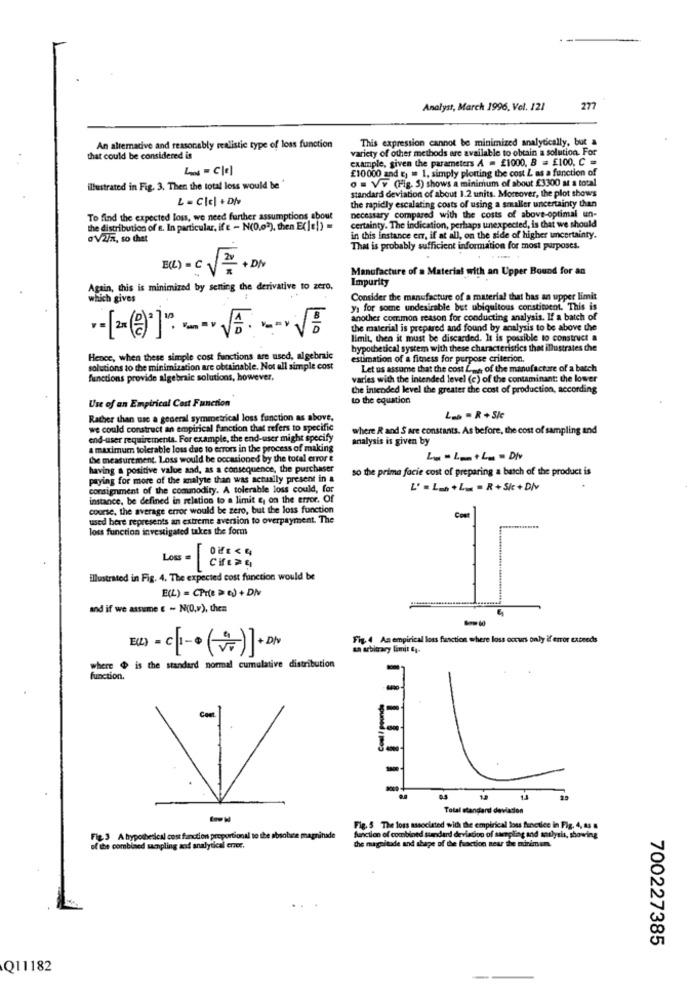
Analyst, March 1996, Vel. 121
277
This expression cannot be minimized analytically, but a
An alternative and reasonably realistic type of loss function
variety of other methods are available to obtain a solution. For
that could be considered is
example, given the parameters A = £1000. B = £100, C =
£10000 and E) = 1. simply plotting the cost L as a function of
o = VY (Fig. 5) shows a minimum of about £3300 at a total
illustrated in Fig. 3. Then the total loss would be'
standard deviation of about 1.2 units. Moreover, the plot shows
L = CIcl + DN
the rapidly escalating costs of using a smaller uncertainty than
To find the expected loss, we need further assumptions about
necessary compared with the costs of above-optimal un-
certainty. The indication, perhaps unexpected, is that we should
the distribution of a. In particular, if e - N(0.02), then Ecle!) =
0 V/2/7, so that
in this instance em, if at all, on the side of higher uncertainty.
That is probably sufficient information for most purposes.
B(L) = C V =+ DIV
Manufacture of a Material with an Upper Bound for an
Impurity
Again, this is minimized by setting the derivative to zero,
Consider the manufacture of a material that has an upper limit
y1 for some undesirable but ubiquitous corstiment. This is
another common reason for conducting analysis. If a batch of
<10
the material is prepared and found by analysis to be above the
limit, then it must be discarded. It is possible to construct a
hypothetical system with these characteristics that illustrates the
Hence, when these simple cost functions are used, algebraic
estimation of a fitness for purpose criterion.
solutions to the minimization are obtainable. Not all simple cost
Let us assume that the cost Lus, of the manufacture of a batch
functions provide algebraic solutions, however,
varies with the intended level (c) of the contaminant: the lower
the intended level the greater the cost of production, according
Use of an Empirical Cost Function
to the equation
Rather than use a general symmetrical loss function as above,
L= = R + Sie
we could construct an empirical fanction that refers to specific
where R and S are constants. As before, the cost of sampling and
end-user requirements. For example, the end-user might specify
analysis is given by
a maximum tolerable loss due to errors in the process of making
the measurement. Loss would be occasioned by the total error e
Ly - Luth . Div
having a positive value and, as a consequence, the purchaser
so the prima facie cost of preparing a batch of the product is
paying for more of the analyte than was actually present in a
consignment of the comanodiry. A tolerable loss could, for
L'=Ln+L= = R+S/c +Div
instance, be defined in relation to a limit &, on the error. Of
course, the average error would be zero, but the loss function
used bere represents an extreme aversion to overpayment. The
Cost
loss function investigated takes the form
Loss = CHE>4
Illustrated in Fig. 4. The expected cost function would be
E(L) = (Pr(e > e) + DN
and if we assume e - N(O,»), then
Fig. 4 An empirical loss function where loss occurs only if error exceeds
E() = c 1-0(+)] + DIN
za arbitrary limit & ;-
where $ is the standard normal cumulative distribution
function.
-
-
-
-
1.0
Total standard deviation
Fig. 5 The loss associated with the empirical loss functiee in Fig. 4, 43 8
Fle. 3 A hypothetical cost fanction proportional to the absobine magninide
function of combined standard deviation of sampling and analysis, showing
the magnitude and shape of the function near the minimum.
of de combined sampling and analytical errer.
700227385
Q11182